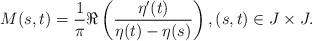
LaTeX: \begin{align*}M(s,t) =\frac{1}{\pi}\Re\left(\frac{\eta'(t)}{\eta(t)-\eta(s)}\right), (s,t)\in J\times J.\end{align*}